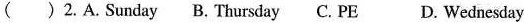
( ) 2.A. Sunday B. Thursday C. PE D. Wednesday